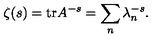
\zeta ( s ) = \mathrm { t r } A ^ { - s } = \sum _ { n } \lambda _ { n } ^ { - s } .